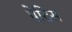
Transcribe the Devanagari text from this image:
पेटिस